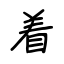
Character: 着